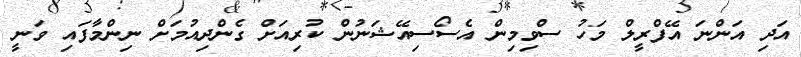
އަދި އަންނަ އޭފްރީލް މަހު ސްވިމިން އެސޯސިއޭޝަނުން ކުރިއަށް ގެންދިއުމަށް ނިންމާފައި ވަނީ